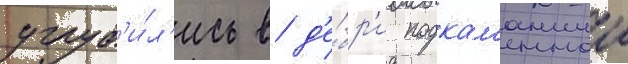
углуб'и́л'ись в д'е́бр'и подкам'еннои